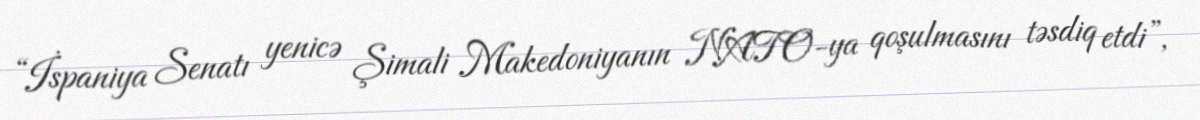
“İspaniya Senatı yenicə Şimali Makedoniyanın NATO-ya qoşulmasını təsdiq etdi”,